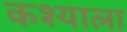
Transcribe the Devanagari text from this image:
कश्याला